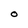
Character: O